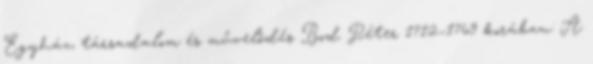
Egyház, társadalom és művelődés Bod Péter 1712–1769 korában: A